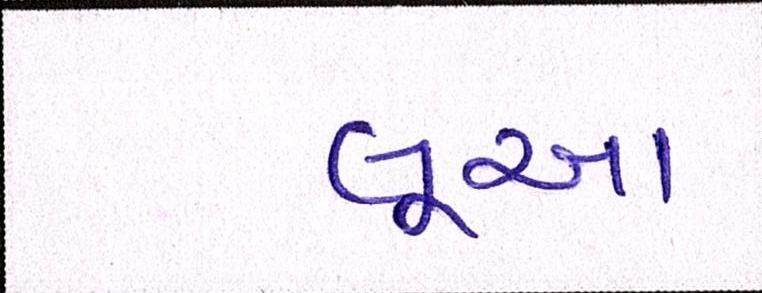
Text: લૂઆ